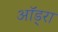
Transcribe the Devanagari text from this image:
ऑड्रा